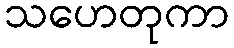
သဟေတုကာ